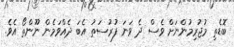
ބޮޑެތި މުޖުރިމުންނަށް ވެސް ދެ ވަނަ ފުރުސަތު އެބަ ދެއްވަމެން ނޫންތޯ އެވެ.